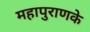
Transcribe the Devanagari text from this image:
महापुराणके